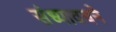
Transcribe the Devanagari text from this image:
संध्यावचने